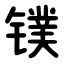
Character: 镤